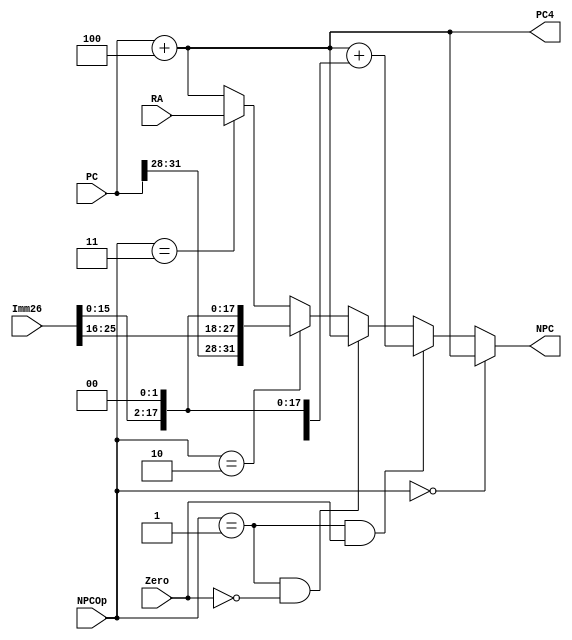
`timescale 1ns / 1ps
//////////////////////////////////////////////////////////////////////////////////
// Company: 
// Engineer: 
// 
// Design Name: 
// Module Name:    NPC 
// Project Name: 
// Target Devices: 
// Tool versions: 
// Description: 
//
// Dependencies: 
//
// Revision: 
// Revision 0.01 - File Created
// Additional Comments: 
//
//////////////////////////////////////////////////////////////////////////////////
module NPC(
    input [31:0] PC,
    input [25:0] Imm26,
    input [31:0] RA,
    input Zero,
    input [2:0] NPCOp,
    output [31:0] NPC,
    output [31:0] PC4
    );
    
    assign PC4 = PC+4;
    assign NPC = (NPCOp==3'b000)? (PC+4):
                (NPCOp==3'b001 & Zero==1'b1)? (PC+4+{{14{Imm26[15]}}, Imm26[15:0], 2'b00}):
                (NPCOp==3'b001 & Zero==1'b0)? (PC+4):
                (NPCOp==3'b010)? {PC[31:28], Imm26, 2'b00}:
                (NPCOp==3'b011)? RA:
                PC+4;

endmodule